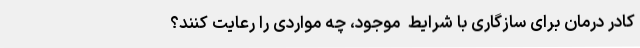
کادر درمان برای سازگاری با شرایط  موجود، چه مواردی را رعایت کنند؟